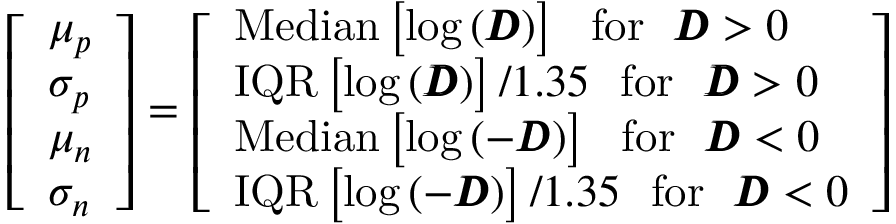
\left[ \begin{array} { l } { \mu _ { p } } \\ { \sigma _ { p } } \\ { \mu _ { n } } \\ { \sigma _ { n } } \end{array} \right] = \left[ \begin{array} { l } { \mathrm { M e d i a n } \left[ \mathrm { l o g } \left( \pmb { D } \right) \right] \ \ \mathrm { f o r } \ \ \pmb { D } > 0 } \\ { \mathrm { I Q R } \left[ \mathrm { l o g } \left( \pmb { D } \right) \right] / 1 . 3 5 \ \ \mathrm { f o r } \ \ \pmb { D } > 0 } \\ { \mathrm { M e d i a n } \left[ \mathrm { l o g } \left( - \pmb { D } \right) \right] \ \ \mathrm { f o r } \ \ \pmb { D } < 0 } \\ { \mathrm { I Q R } \left[ \mathrm { l o g } \left( - \pmb { D } \right) \right] / 1 . 3 5 \ \ \mathrm { f o r } \ \ \pmb { D } < 0 } \end{array} \right]